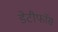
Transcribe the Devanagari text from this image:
डेटीफाॅस